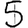
Digit: 5